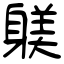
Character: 躾